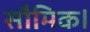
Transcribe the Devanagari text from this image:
सौमिक।